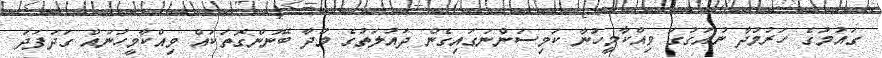
ގައުމުގެ ހަރުމުދާ ނުއަގުގަ ވިއްކާމީހުނާ ކަމިސަންނަގައިގެން ދައުލަތުގެ މުދާ ބޭނުންގޮތަކައް ވިއްކާމީހުނައް ގަދަފަދަ